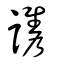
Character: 讗